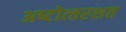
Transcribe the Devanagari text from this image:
अष्‍टोत्‍तरशत